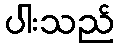
ပါးသည်